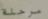
مرحلة